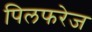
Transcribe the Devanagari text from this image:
पिलफरेज